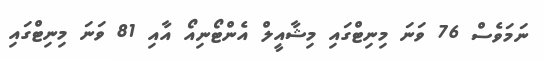
ނަމަވެސް 76 ވަނަ މިނިޓްގައި މިޝާއީލް އެންޓޯނިއޯ އާއި 81 ވަނަ މިނިޓްގައި